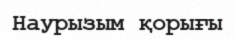
Наурызым қорығы